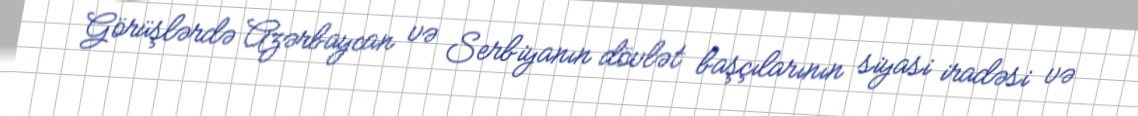
Görüşlərdə Azərbaycan və Serbiyanın dövlət başçılarının siyasi iradəsi və